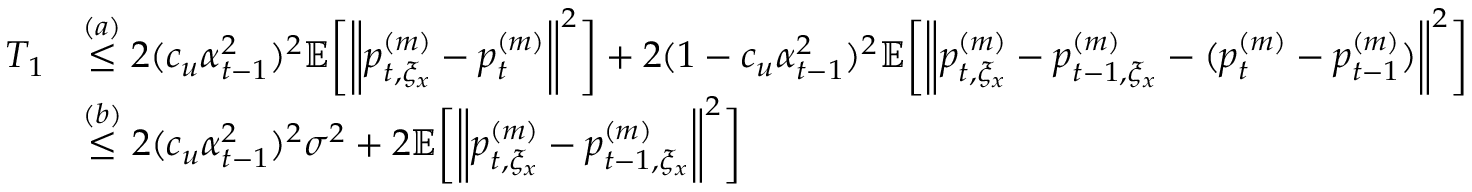
\begin{array} { r l } { T _ { 1 } } & { \overset { ( a ) } { \leq } 2 ( c _ { u } \alpha _ { t - 1 } ^ { 2 } ) ^ { 2 } \mathbb { E } \bigg [ \bigg \| p _ { t , \xi _ { x } } ^ { ( m ) } - p _ { t } ^ { ( m ) } \bigg \| ^ { 2 } \bigg ] + 2 ( 1 - c _ { u } \alpha _ { t - 1 } ^ { 2 } ) ^ { 2 } \mathbb { E } \bigg [ \bigg \| p _ { t , \xi _ { x } } ^ { ( m ) } - p _ { t - 1 , \xi _ { x } } ^ { ( m ) } - ( p _ { t } ^ { ( m ) } - p _ { t - 1 } ^ { ( m ) } ) \bigg \| ^ { 2 } \bigg ] } \\ & { \overset { ( b ) } { \leq } 2 ( c _ { u } \alpha _ { t - 1 } ^ { 2 } ) ^ { 2 } \sigma ^ { 2 } + 2 \mathbb { E } \bigg [ \bigg \| p _ { t , \xi _ { x } } ^ { ( m ) } - p _ { t - 1 , \xi _ { x } } ^ { ( m ) } \bigg \| ^ { 2 } \bigg ] } \end{array}